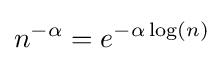
n^{-\alpha }=e^{-\alpha \log(n)}